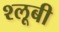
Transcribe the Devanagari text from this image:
श्लूबी